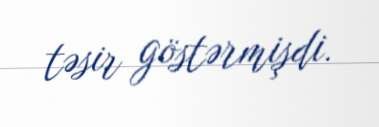
təsir göstərmişdi.